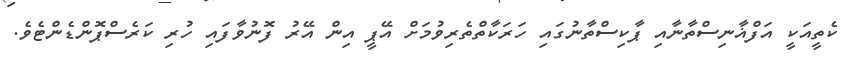
ކެތީއަކީ އަފްޣާނިސްތާނާއި ޕާކިސްތާނުގައި ހަރަކާތްތެރިވުމަށް އޭޕީ އިން އޭރު ފޮނުވާފައި ހުރި ކަރެސްޕޮންޑެންޓެވެ.